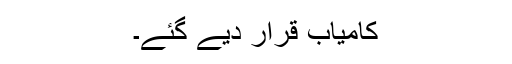
کامیاب قرار دیے گئے۔